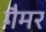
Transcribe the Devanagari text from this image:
गैमर